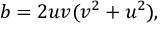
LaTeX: b = 2 u v ( v ^ { 2 } + u ^ { 2 } ) ,